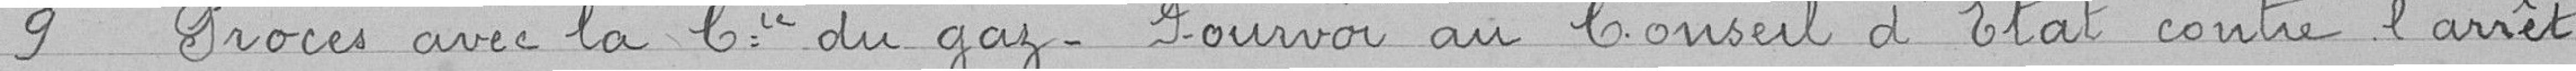
9. Procès avec la Compagnie du Gaz - Pourvoi au Conseil d'Etat contre l'arrêt